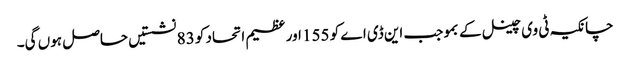
چانکیہ ٹی وی چینل کے بموجب این ڈی اے کو 155 اور عظیم اتحاد کو 83 نشستیں حاصل ہوں گی۔